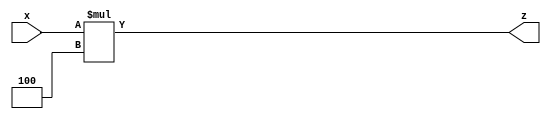
module shift_left(x,z);
input [31:0] x; // input to the shift left 2 
output reg [31:0] z; // output of the shift left 2

always @(x) begin
	z = x * 4; // shift left 2
end

endmodule